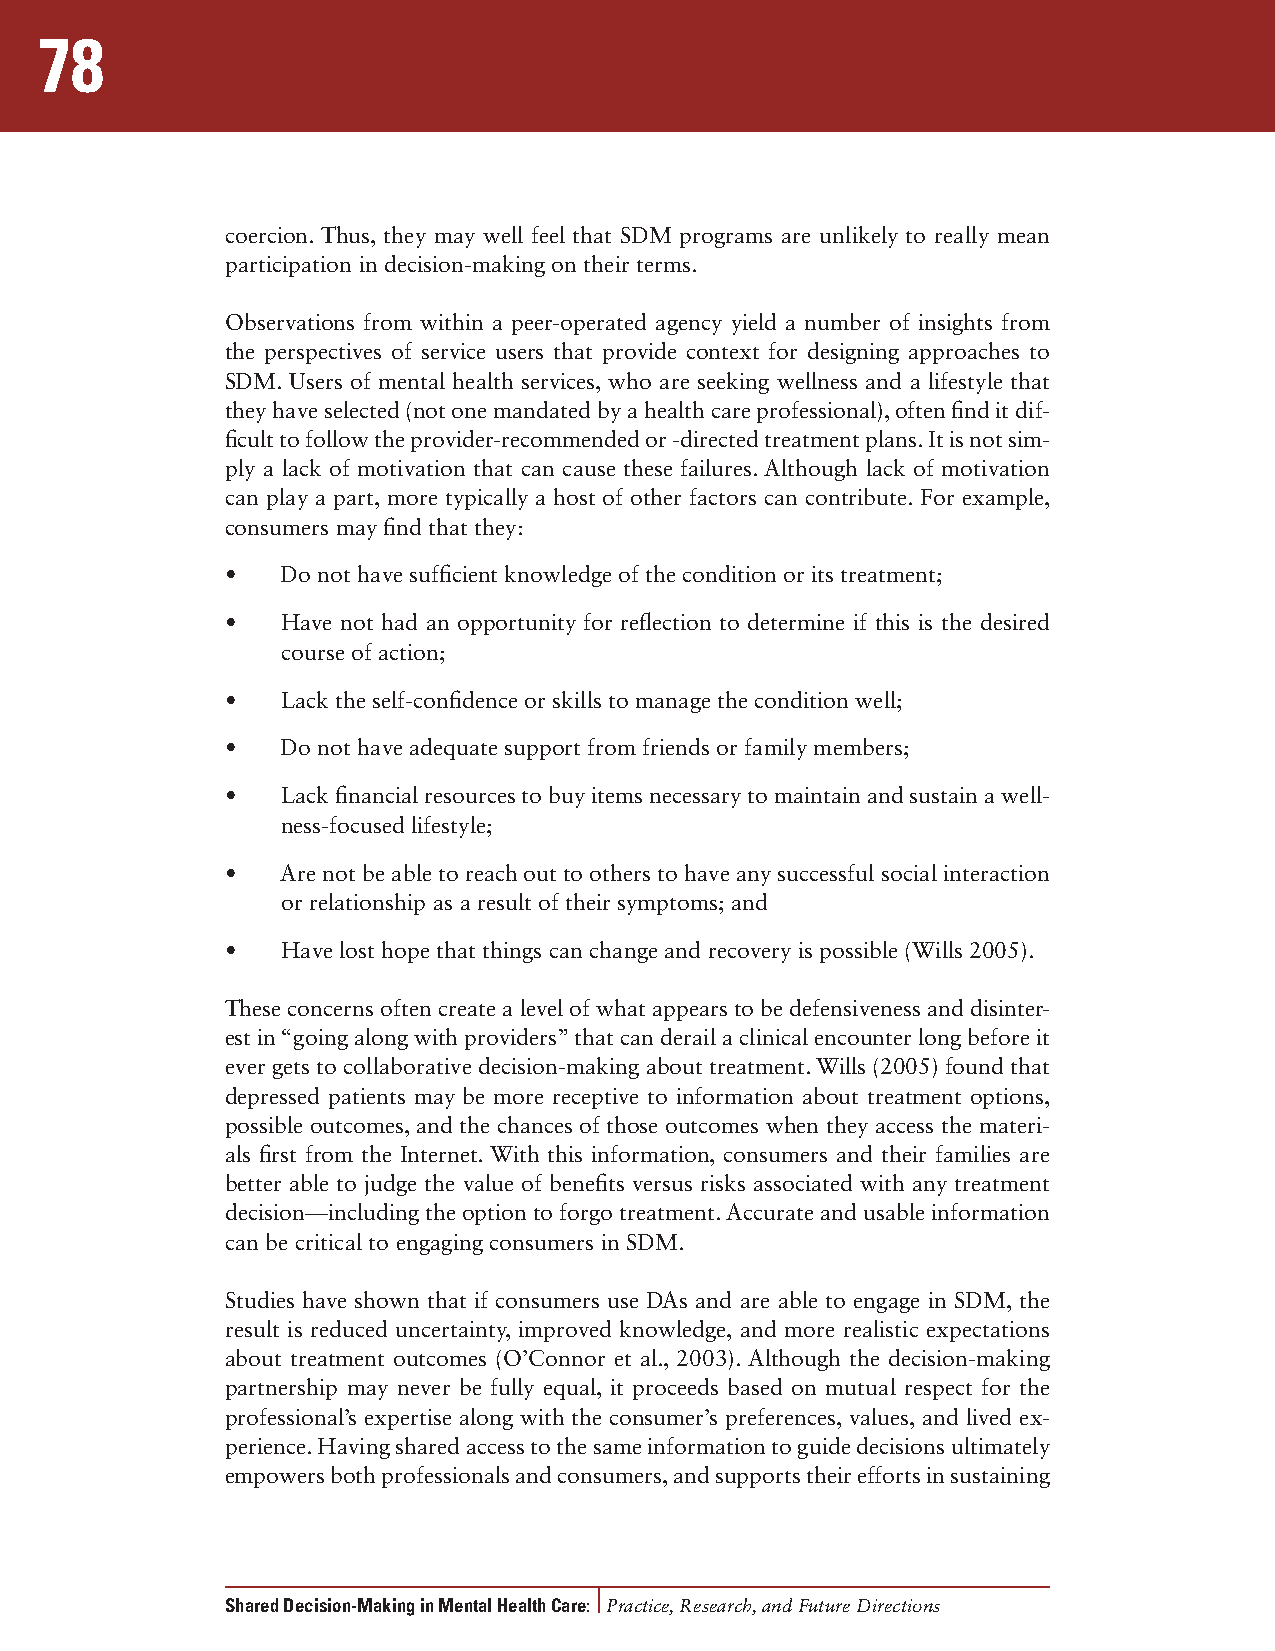
78
 coercion. Thus, they may well feel that SDM programs are unlikely to really mean
 participation in decision-making on their terms.
 Observations from within a peer-operated agency yield a number of insights from
 the perspectives of service users that provide context for designing approaches to
 SDM. Users of mental health services, who are seeking wellness and a lifestyle that
 they have selected (not one mandated by a health care professional), often find it dif-
 ficult to follow the provider-recommended or -directed treatment plans. It is not sim-
 ply a lack of motivation that can cause these failures. Although lack of motivation
 can play a part, more typically a host of other factors can contribute. For example,
 consumers may find that they:
 •   Do not have sufficient knowledge of the condition or its treatment;
 •   Have not had an opportunity for reflection to determine if this is the desired
 course of action;
 •   Lack the self-confidence or skills to manage the condition well;
 •   Do not have adequate support from friends or family members;
 •   Lack financial resources to buy items necessary to maintain and sustain a well-
 ness-focused lifestyle;
 •   Are not be able to reach out to others to have any successful social interaction
 or relationship as a result of their symptoms; and
 •   Have lost hope that things can change and recovery is possible (Wills 2005).
 These concerns often create a level of what appears to be defensiveness and disinter-
 est in “going along with providers” that can derail a clinical encounter long before it
 ever gets to collaborative decision-making about treatment. Wills (2005) found that
 depressed patients may be more receptive to information about treatment options,
 possible outcomes, and the chances of those outcomes when they access the materi-
 als first from the Internet. With this information, consumers and their families are
 better able to judge the value of benefits versus risks associated with any treatment
 decision—including the option to forgo treatment. Accurate and usable information
 can be critical to engaging consumers in SDM.
 Studies have shown that if consumers use DAs and are able to engage in SDM, the
 result is reduced uncertainty, improved knowledge, and more realistic expectations
 about treatment outcomes (O’Connor et al., 2003). Although the decision-making
 partnership may never be fully equal, it proceeds based on mutual respect for the
 professional’s expertise along with the consumer’s preferences, values, and lived ex-
 perience. Having shared access to the same information to guide decisions ultimately
 empowers both professionals and consumers, and supports their efforts in sustaining
 Shared Decision-Making in Mental Health Care: Practice, Research, and Future Directions